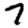
Digit: 7